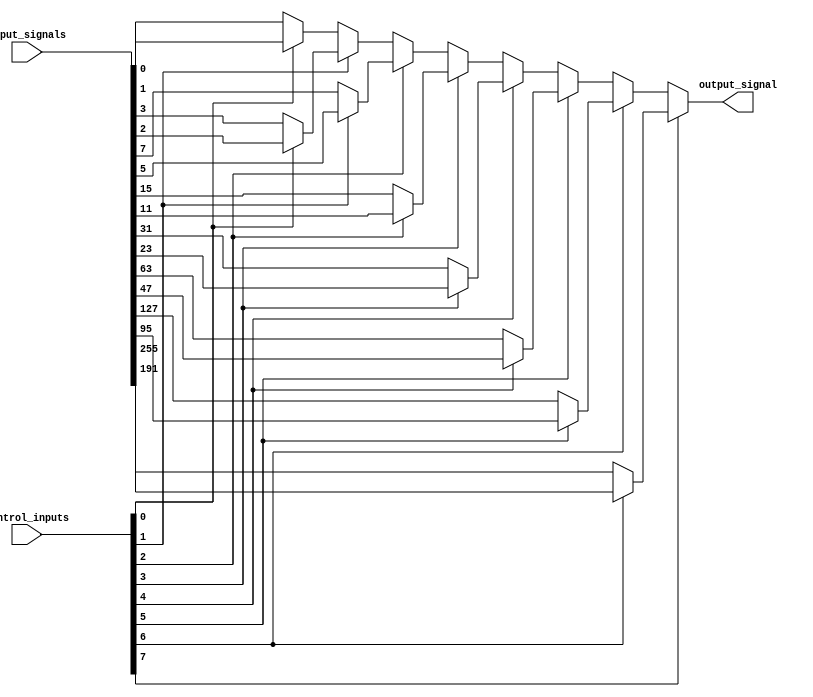
module multiplexer_256to1(
    input [255:0] input_signals,
    input [7:0] control_inputs,
    output output_signal
);

wire [127:0] level1_out;

genvar i;
generate
    for (i = 0; i < 128; i = i + 1) begin : LEVEL1_MUX
        assign level1_out[i] = (control_inputs[0] == i) ? input_signals[i*2] : input_signals[i*2 + 1];
    end
endgenerate

wire [63:0] level2_out;

genvar j;
generate
    for (j = 0; j < 64; j = j + 1) begin : LEVEL2_MUX
        assign level2_out[j] = (control_inputs[1] == j) ? level1_out[j*2] : level1_out[j*2 + 1];
    end
endgenerate

wire [31:0] level3_out;

genvar k;
generate
    for (k = 0; k < 32; k = k + 1) begin : LEVEL3_MUX
        assign level3_out[k] = (control_inputs[2] == k) ? level2_out[k*2] : level2_out[k*2 + 1];
    end
endgenerate

wire [15:0] level4_out;

genvar l;
generate
    for (l = 0; l < 16; l = l + 1) begin : LEVEL4_MUX
        assign level4_out[l] = (control_inputs[3] == l) ? level3_out[l*2] : level3_out[l*2 + 1];
    end
endgenerate

wire [7:0] level5_out;

genvar m;
generate
    for (m = 0; m < 8; m = m + 1) begin : LEVEL5_MUX
        assign level5_out[m] = (control_inputs[4] == m) ? level4_out[m*2] : level4_out[m*2 + 1];
    end
endgenerate

wire [3:0] level6_out;

genvar n;
generate
    for (n = 0; n < 4; n = n + 1) begin : LEVEL6_MUX
        assign level6_out[n] = (control_inputs[5] == n) ? level5_out[n*2] : level5_out[n*2 + 1];
    end
endgenerate

wire [1:0] level7_out;

genvar o;
generate
    for (o = 0; o < 2; o = o + 1) begin : LEVEL7_MUX
        assign level7_out[o] = (control_inputs[6] == o) ? level6_out[o*2] : level6_out[o*2 + 1];
    end
endgenerate

assign output_signal = (control_inputs[7] == 0) ? level7_out[0] : level7_out[1];

endmodule